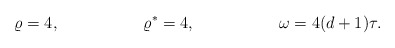
\begin{align*} \varrho &= 4, & \varrho^* &= 4,& \omega &= 4(d+1)\tau.\end{align*}